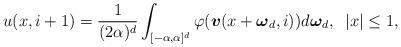
LaTeX: \begin{align*} u(x,i+1) = \frac{1}{(2\alpha)^{d}}\int_{[-\alpha,\alpha]^{d}}\varphi(\boldsymbol{v}(x+\boldsymbol{\omega}_{d},i))d\boldsymbol{\omega}_{d}, \;\; |x|\leq1,\end{align*}